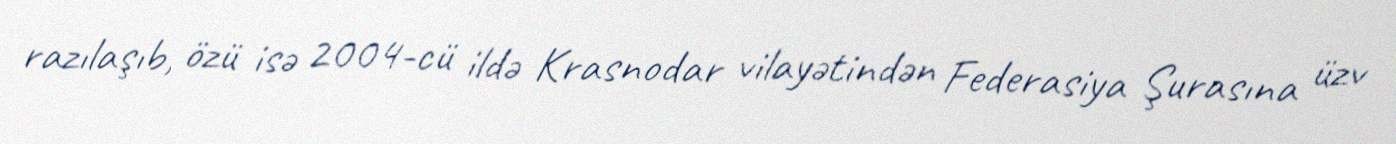
razılaşıb, özü isə 2004-cü ildə Krasnodar vilayətindən Federasiya Şurasına üzv